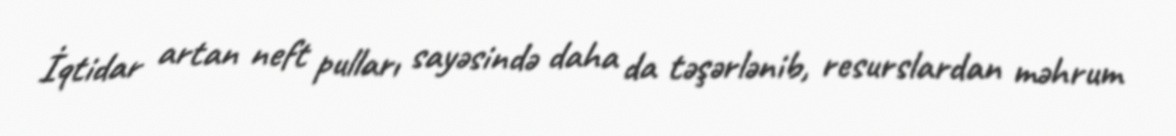
İqtidar artan neft pulları sayəsində daha da təşərlənib, resurslardan məhrum